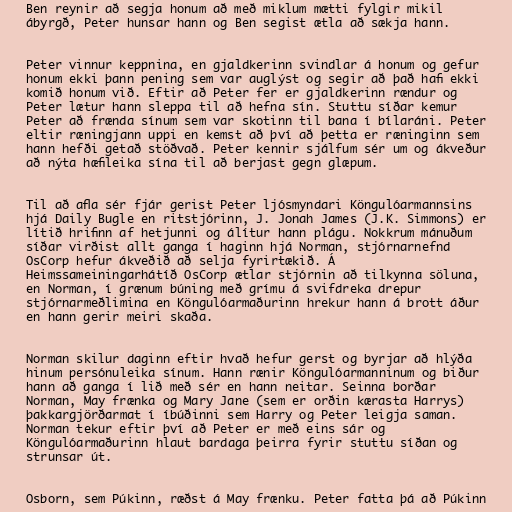
Ben reynir að segja honum að með miklum mætti fylgir mikil
ábyrgð, Peter hunsar hann og Ben segist ætla að sækja hann.

Peter vinnur keppnina, en gjaldkerinn svindlar á honum og gefur
honum ekki þann pening sem var auglýst og segir að það hafi ekki
komið honum við. Eftir að Peter fer er gjaldkerinn rændur og
Peter lætur hann sleppa til að hefna sín. Stuttu síðar kemur
Peter að frænda sínum sem var skotinn til bana í bílaráni. Peter
eltir ræningjann uppi en kemst að því að þetta er ræninginn sem
hann hefði getað stöðvað. Peter kennir sjálfum sér um og ákveður
að nýta hæfileika sína til að berjast gegn glæpum.

Til að afla sér fjár gerist Peter ljósmyndari Köngulóarmannsins
hjá Daily Bugle en ritstjórinn, J. Jonah James (J.K. Simmons) er
lítið hrifinn af hetjunni og álítur hann plágu. Nokkrum mánuðum
síðar virðist allt ganga í haginn hjá Norman, stjórnarnefnd
OsCorp hefur ákveðið að selja fyrirtækið. Á
Heimssameiningarhátíð OsCorp ætlar stjórnin að tilkynna söluna,
en Norman, í grænum búning með grímu á svifdreka drepur
stjórnarmeðlimina en Köngulóarmaðurinn hrekur hann á brott áður
en hann gerir meiri skaða.

Norman skilur daginn eftir hvað hefur gerst og byrjar að hlýða
hinum persónuleika sínum. Hann rænir Köngulóarmanninum og biður
hann að ganga í lið með sér en hann neitar. Seinna borðar
Norman, May frænka og Mary Jane (sem er orðin kærasta Harrys)
þakkargjörðarmat í íbúðinni sem Harry og Peter leigja saman.
Norman tekur eftir því að Peter er með eins sár og
Köngulóarmaðurinn hlaut bardaga þeirra fyrir stuttu síðan og
strunsar út.

Osborn, sem Púkinn, ræðst á May frænku. Peter fatta þá að Púkinn